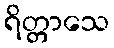
ရိတ္တာသေ